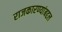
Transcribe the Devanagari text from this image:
राजकारण्यांबद्दल